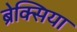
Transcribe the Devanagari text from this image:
ब्रेक्सिया